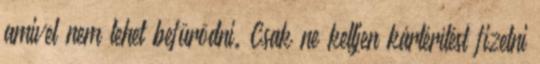
amivel nem lehet befürödni. Csak ne kelljen kártérítést fizetni